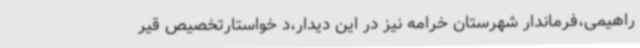
راهیمی،فرماندار شهرستان خرامه نیز در این دیدار،د خواستارتخصیص قیر